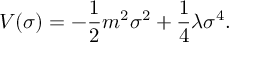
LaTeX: V ( \sigma ) = - \frac { 1 } { 2 } m ^ { 2 } \sigma ^ { 2 } + \frac { 1 } { 4 } \lambda \sigma ^ { 4 } .